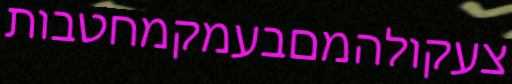
צעקולהמםבעמקמחטבות